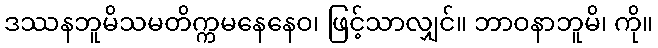
ဒဿနဘူမိသမတိက္ကမနေနေဝ၊ ဖြင့်သာလျှင်။ ဘာဝနာဘူမိ၊ ကို။